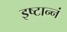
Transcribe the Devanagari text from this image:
इष्टान्नं